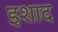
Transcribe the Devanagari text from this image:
इशाद